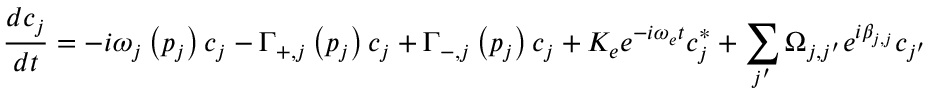
\frac { d c _ { j } } { d t } = - i \omega _ { j } \left( p _ { j } \right) c _ { j } - \Gamma _ { + , j } \left( p _ { j } \right) c _ { j } + \Gamma _ { - , j } \left( p _ { j } \right) c _ { j } + K _ { e } e ^ { - i \omega _ { e } t } c _ { j } ^ { * } + \sum _ { j ^ { \prime } } \Omega _ { j , j ^ { \prime } } e ^ { i \beta _ { j , j } } c _ { j ^ { \prime } }